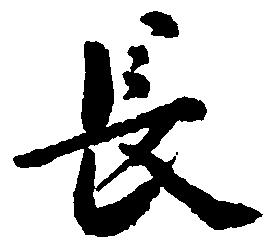
長